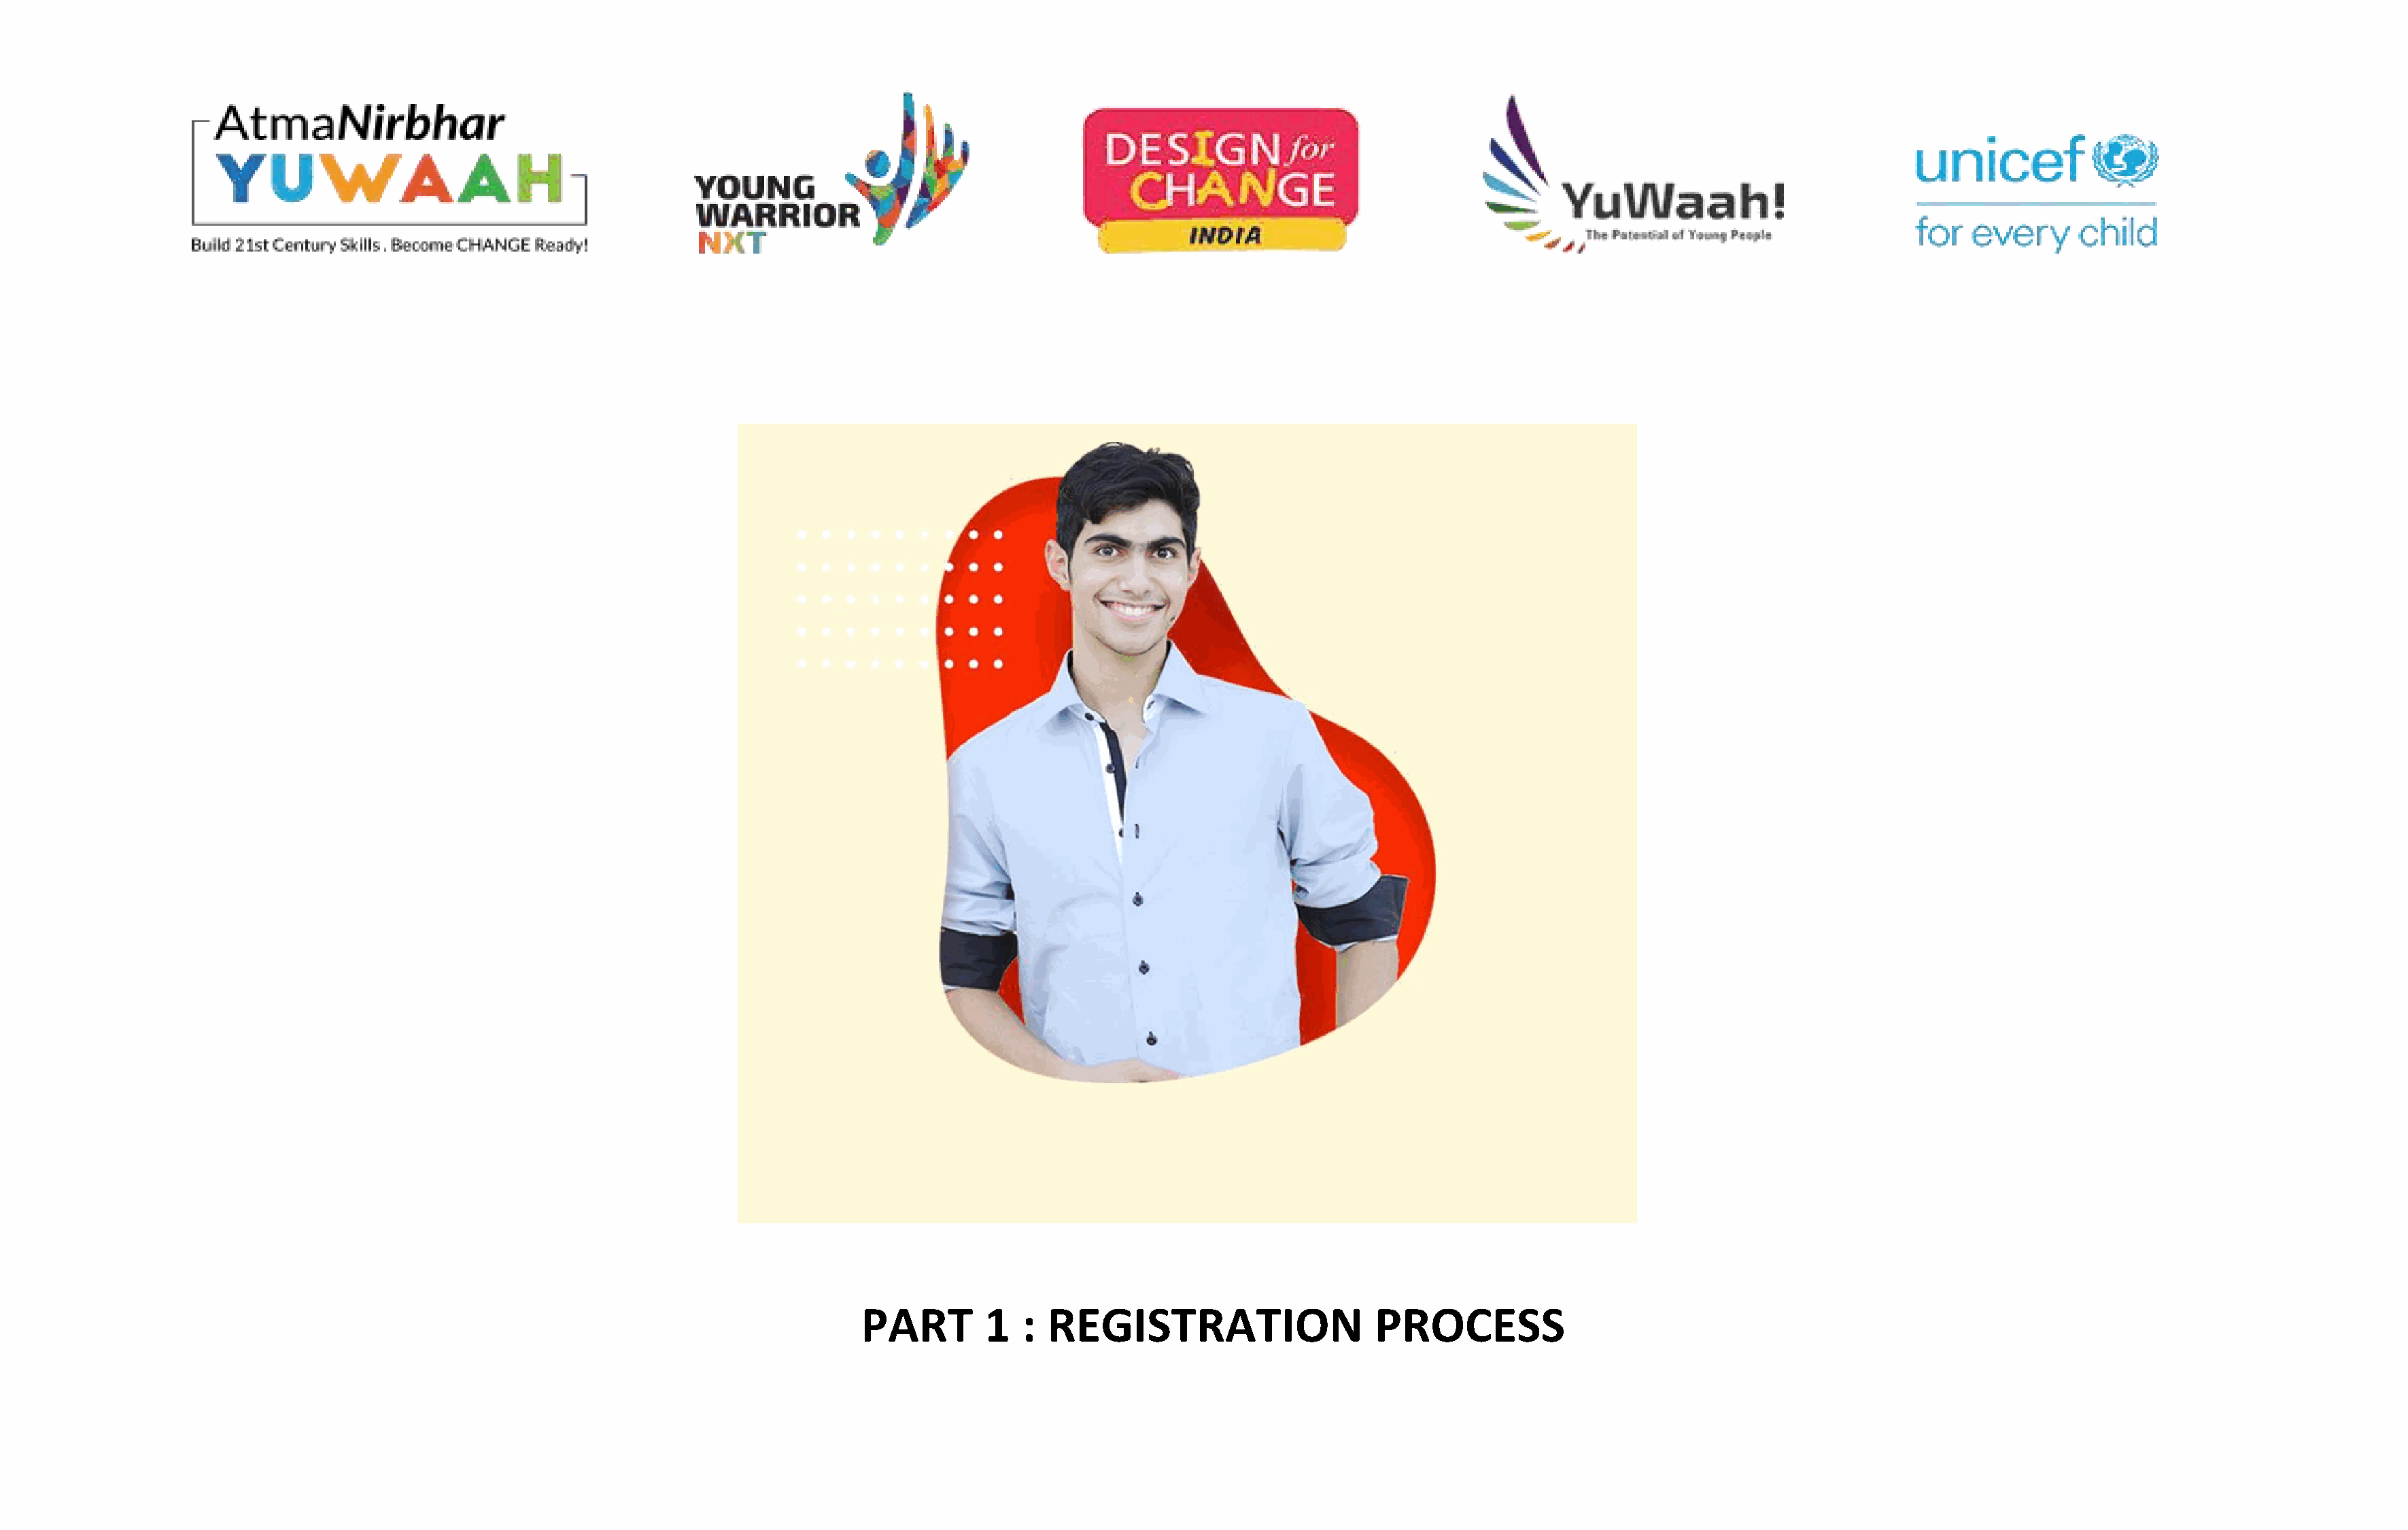
PART        1   : REGISTRATION                    PROCESS